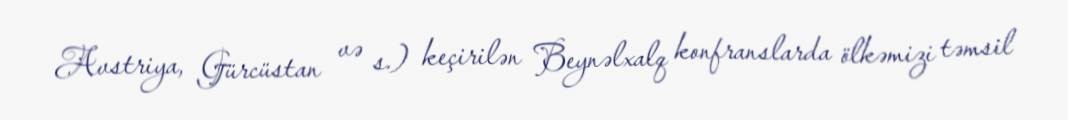
Avstriya, Gürcüstan və s.) keçirilən Beynəlxalq konfranslarda ölkəmizi təmsil